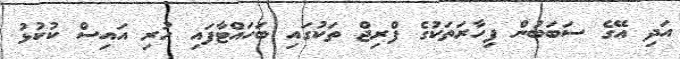
އަދި އޭގެ ސަބަބުން ފިހާރަތަކުގެ ފްރިޖް ތަކުގައި ބަހައްޓާފައި ހުރި އައިސް ކުކުޅު